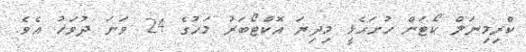
ކްރިމިނަލް ކޯޓަށް ހުށަހެޅީ މިދިޔަ އޮކްޓޯބަރު މަހުގެ 24 ވަނަ ދުވަހު އެވެ.